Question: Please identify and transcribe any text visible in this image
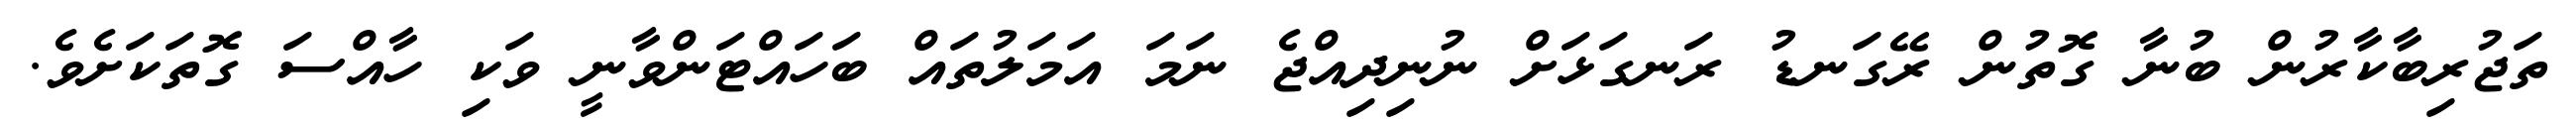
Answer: ތަޖުރިބާކާރުން ބުނާ ގޮތުން ރޭގަނޑު ރަނގަޅަށް ނުނިދިއްޖެ ނަމަ އަމަލުތައް ބަހައްޓަންވާނީ ވަކި ހާއްސަ ގޮތަކަށެވެ.